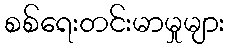
စစ်ရေးတင်းမာမှုများ